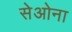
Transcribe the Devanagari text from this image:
सेओना